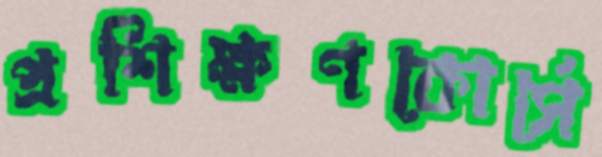
প্রশিক্ষণকোর্সে